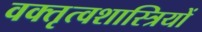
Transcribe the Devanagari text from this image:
वक्तृत्वशास्त्रियों